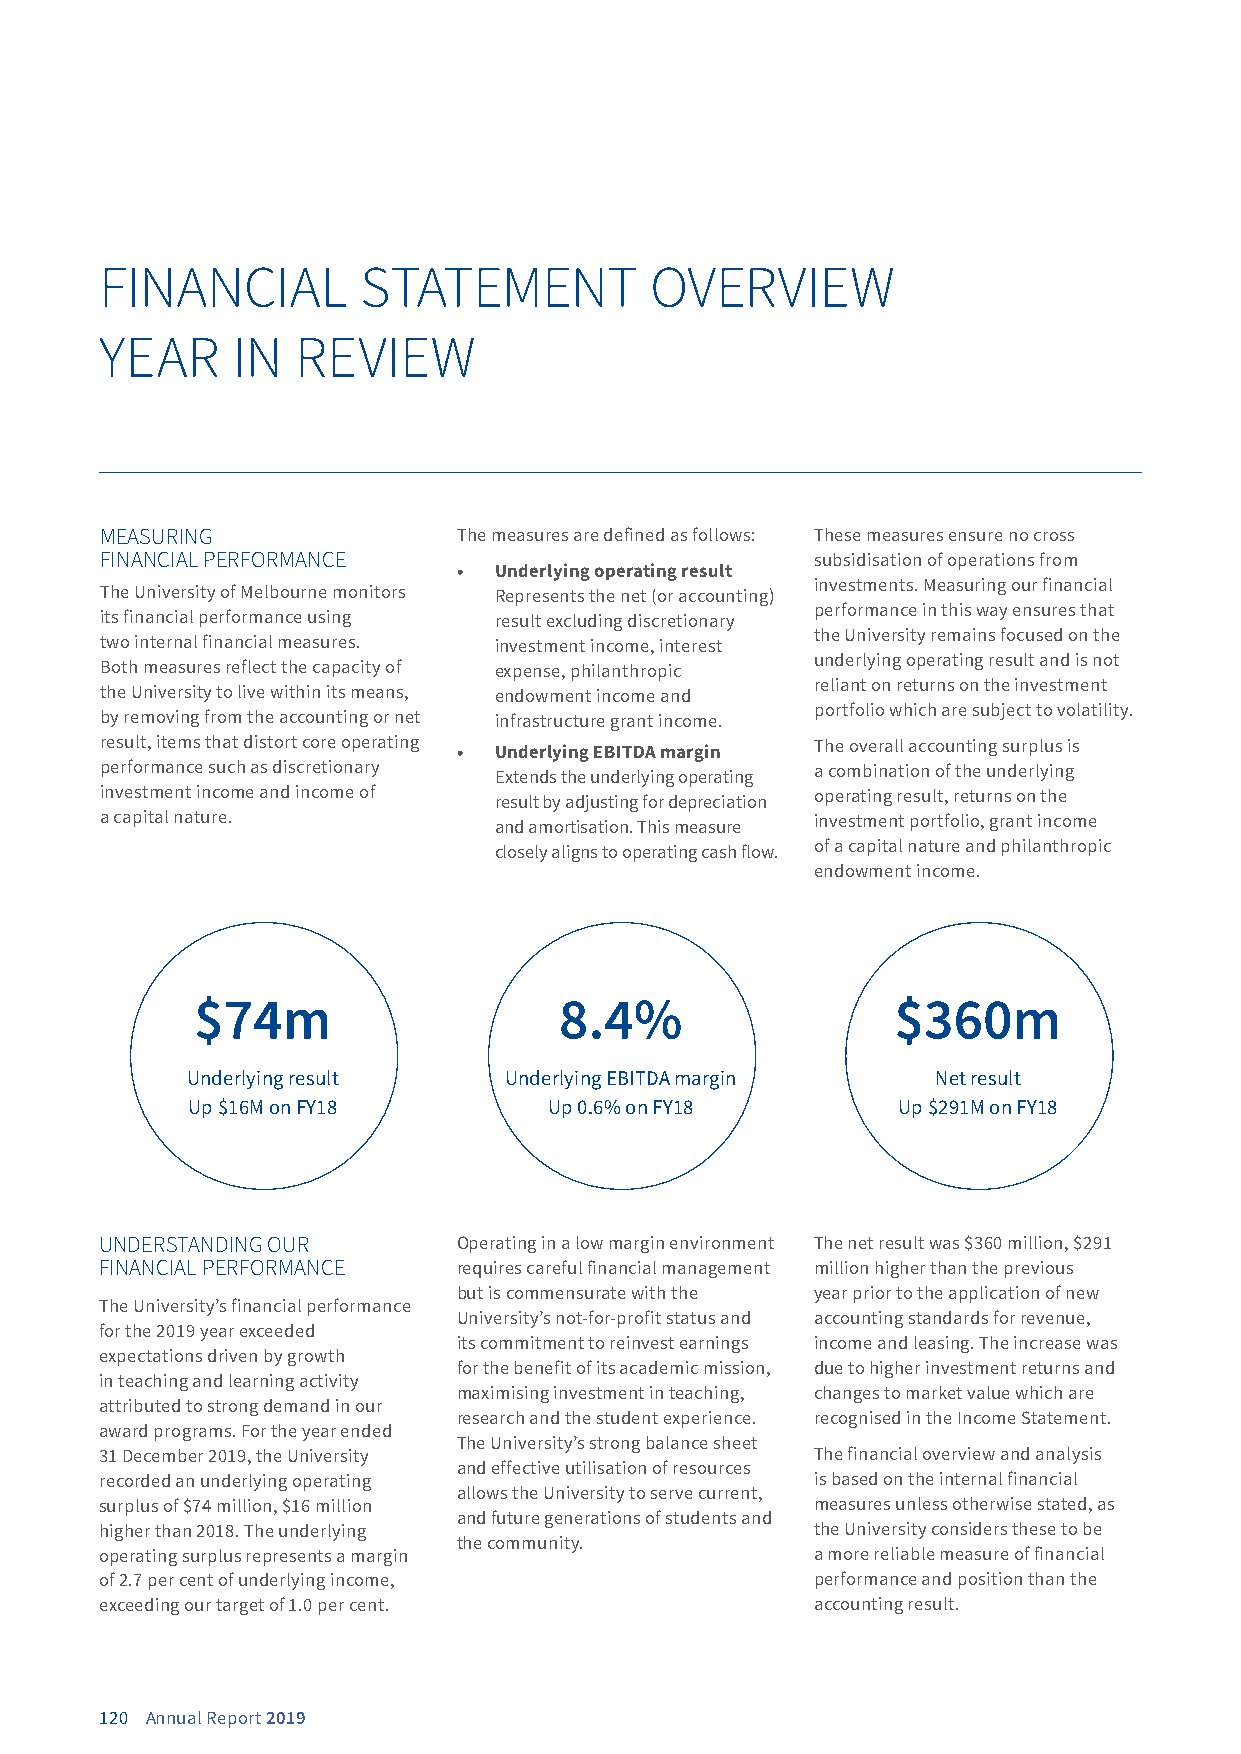
FINANCIAL        STATEMENT          OVERVIEW
 YEAR    IN   REVIEW
 MEASURING              The measures are defined as follows: These measures ensure no cross
 FINANCIAL PERFORMANCE                          subsidisation of operations from
 •  Underlying operating result
 investments. Measuring our financial
 The University of Melbourne monitors Represents the net (or accounting)
 performance in this way ensures that
 its financial performance using result excluding discretionary
 the University remains focused on the
 two internal financial measures. investment income, interest
 underlying operating result and is not
 Both measures reflect the capacity of expense, philanthropic
 reliant on returns on the investment
 the University to live within its means, endowment income and
 portfolio which are subject to volatility.
 by removing from the accounting or net infrastructure grant income.
 result, items that distort core operating
 •  Underlying EBITDA margin
 The overall accounting surplus is
 performance such as discretionary Extends the underlying operating a combination of the underlying
 investment income and income of result by adjusting for depreciation operating result, returns on the
 a capital nature.         and amortisation. This measure investment portfolio, grant income
 closely aligns to operating cash flow. of a capital nature and philanthropic
 endowment income.
 $74m                    8.4%                  $360m
 Underlying result    Underlying EBITDA margin     Net result
 Up $16M on FY18         Up 0.6% on FY18        Up $291M on FY18
 UNDERSTANDING OUR      Operating in a low margin environment The net result was $360 million, $291
 FINANCIAL PERFORMANCE  requires careful financial management million higher than the previous
 but is commensurate with the year prior to the application of new
 The University’s financial performance
 University’s not-for-profit status and accounting standards for revenue,
 for the 2019 year exceeded
 its commitment to reinvest earnings income and leasing. The increase was
 expectations driven by growth
 for the benefit of its academic mission, due to higher investment returns and
 in teaching and learning activity
 maximising investment in teaching, changes to market value which are
 attributed to strong demand in our
 research and the student experience. recognised in the Income Statement.
 award programs. For the year ended
 The University’s strong balance sheet
 31 December 2019, the University               The financial overview and analysis
 and effective utilisation of resources
 recorded an underlying operating               is based on the internal financial
 allows the University to serve current,
 surplus of $74 million, $16 million            measures unless otherwise stated, as
 and future generations of students and
 higher than 2018. The underlying               the University considers these to be
 the community.
 operating surplus represents a margin          a more reliable measure of financial
 of 2.7 per cent of underlying income,          performance and position than the
 exceeding our target of 1.0 per cent.          accounting result.
 120 Annual Report 2019